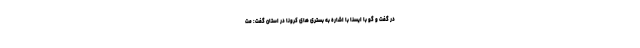
در گفت و گو با ایسنا با اشاره به بستری های کرونا در استان گفت: مت